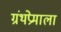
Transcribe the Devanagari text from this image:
ग्रंथप्रेमाला